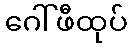
ဂေါ်ဖီထုပ်